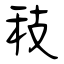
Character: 秓